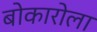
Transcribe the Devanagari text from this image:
बोकारोला